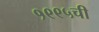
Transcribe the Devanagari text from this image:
१९९५ची